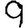
Digit: 9